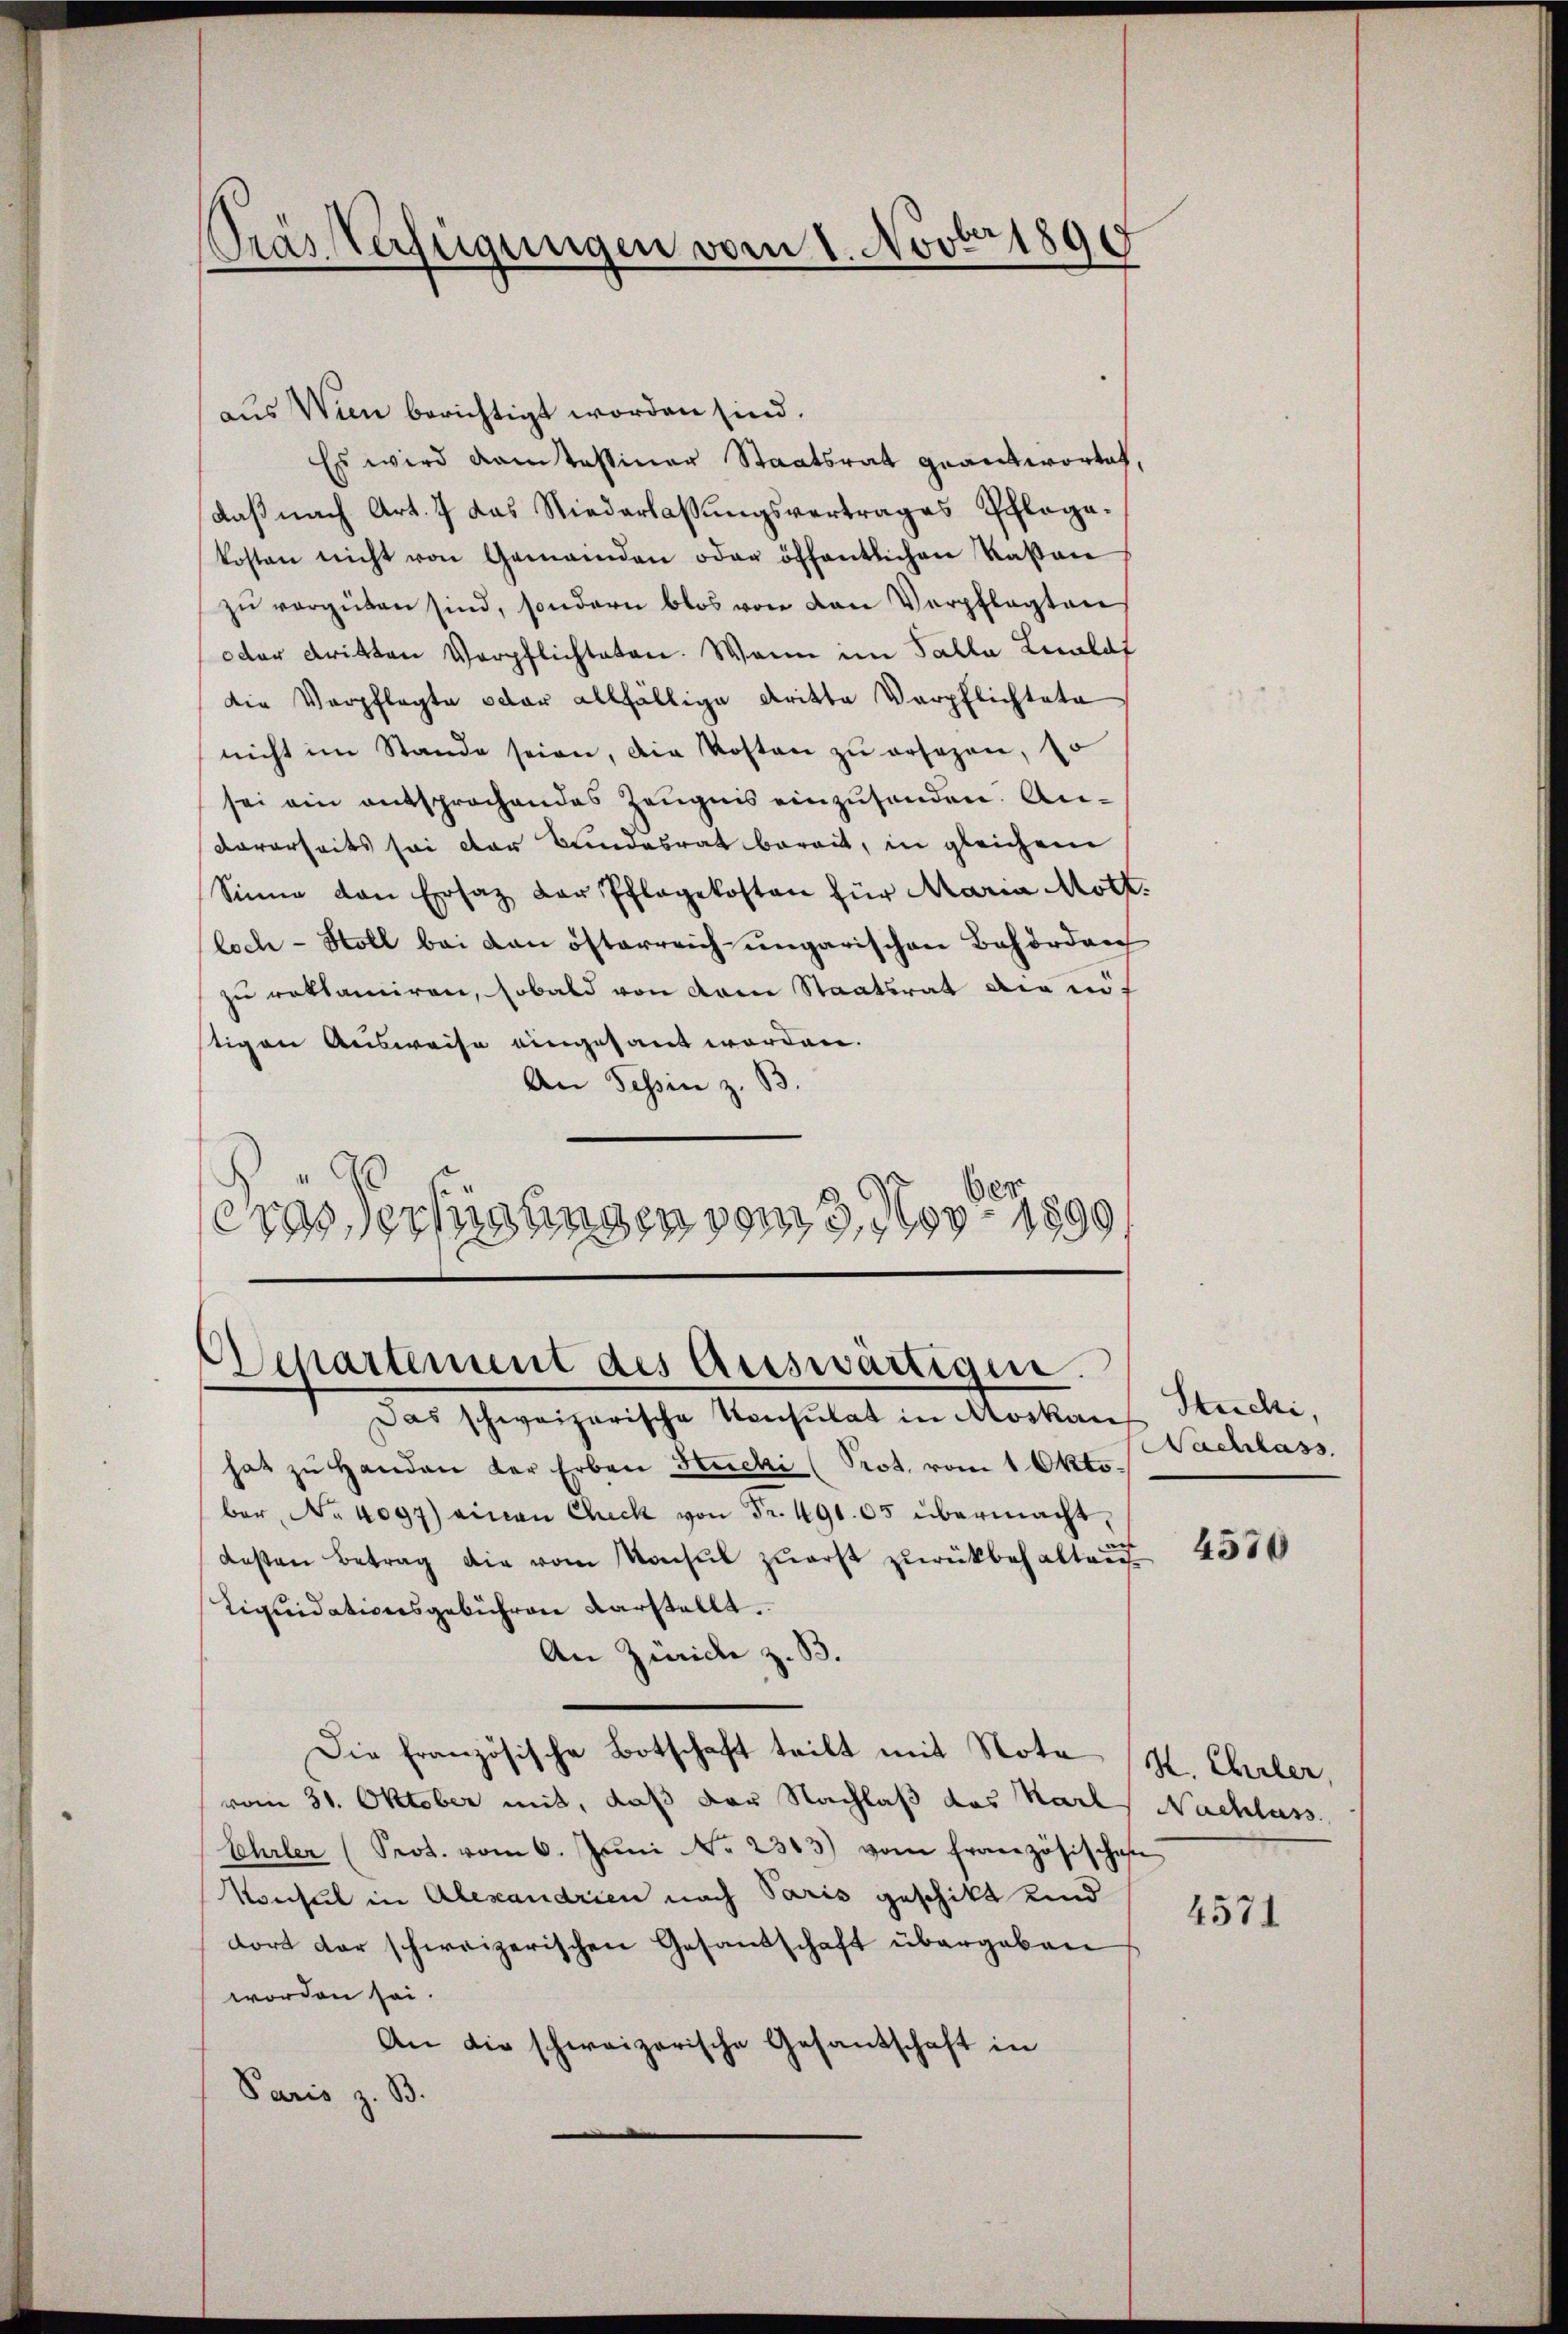
Pras Verfügungen vom 1. Novbr 1890

aus Wien berichtigt worden sind.
Es wird damtessiner Staatsrat geantwortet,
daß nach Art. 7 das Niederlassungsvertrages Pflegakosten nicht von Gemeinden oder öffentlichen Kasan
zŭ vergüten sind, sondern blos von den Verpflegten
oder dritten Verpflichteten. Wenn im Talla Lealdf
Die Verpflegte oder allfällige Dritte Verpflichtete
nicht im Stande seien, die Kosten zŭ ersagen, so
sei ein entsprochendes Zeugnis einzusenden. An¬
Vorerseits sei der Bundesrat bereit, in gleichem
Sinne den Ersatz der Pflegekosten für Maria Moth.
loch - Holl bei dan öfterreich ungarischen Behörden
zu reklamiren, sobald von dem Staatsrat die auf
tigen Ausweise eingesant worden.
An Tessin z. B.
s
eras erfügungen vom 3. Nov. 1890

Separtement des Auswärtigen.
Das schweizerische Konsulat in Moskau

hat zu Handen der Erben Stucki (Prot. vom 1. Oktober, No 4097) einen Check von Fr. 491. 05 übermacht,
desten Betrag die vom Konsul zuerst zurückbehalten
Liquidationsgebühren verstellt.
An Zürich z. B.
Die französische Botschaft teilt mit Note (H. Ehrler,
vom 31. Oktober mit, daß der Nachlaß das Karl Nachlass
Ehrler (Prot. vom 6. Jŭni No 2363) vom französische
Konsul in Alexandrien nach Paris geschikt und
dort der schweizerischen Gesandschaft übergeben
worden sei.
An die schweizerische Gesandschaft in
Paris z. B.

Stucki,
Nachlass.

4570

4571